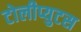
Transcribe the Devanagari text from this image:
टोलीप्युटस